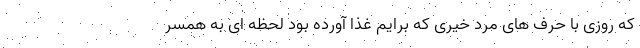
که روزی با حرف های مرد خیری که برایم غذا آورده بود لحظه ای به همسر